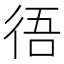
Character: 𢓲